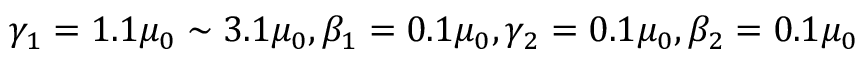
\gamma _ { 1 } = 1 . 1 \mu _ { 0 } \sim 3 . 1 \mu _ { 0 } , \beta _ { 1 } = 0 . 1 \mu _ { 0 } , \gamma _ { 2 } = 0 . 1 \mu _ { 0 } , \beta _ { 2 } = 0 . 1 \mu _ { 0 }